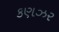
કણઝર